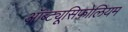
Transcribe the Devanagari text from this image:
ऑब्ट्यूसिफ़ोलियम